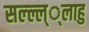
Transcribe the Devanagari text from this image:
सल्ल्ल््लाहु